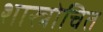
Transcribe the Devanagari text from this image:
शास्त्रोचित